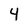
Character: 4